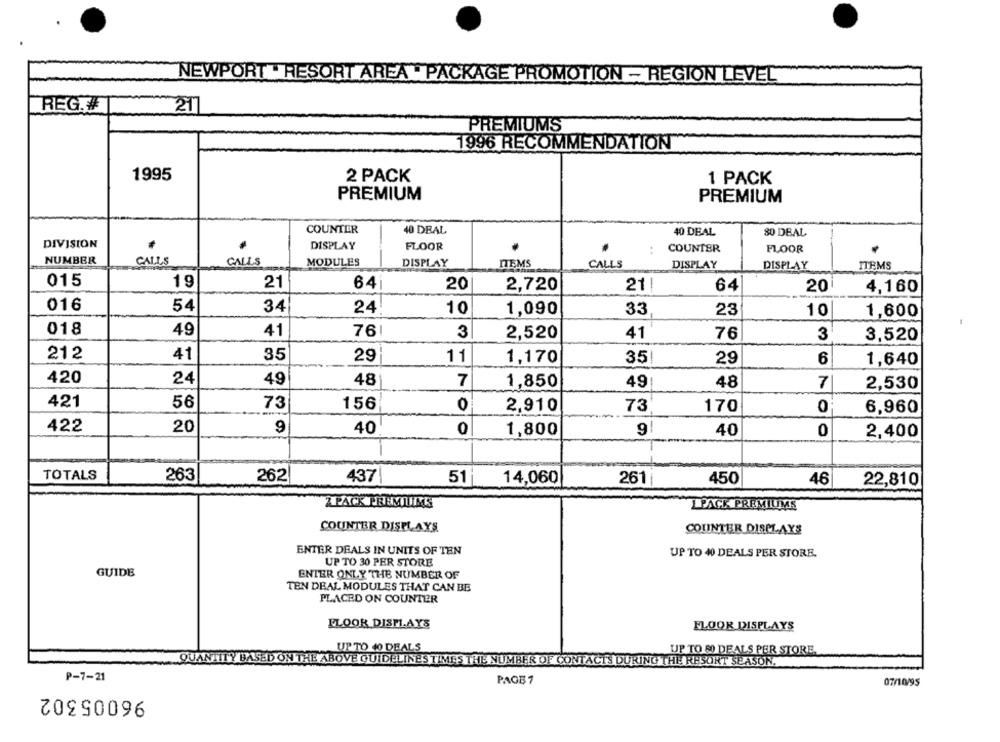
NEWPORT . RESORT AREA . PACKAGE PROMOTION - REGION LEVEL"
REG.#
217
PREMIUMS
1996 RECOMMENDATION
1995
2 PACK
1 PACK
PREMIUM
PREMIUM
COUNTER
40 DEAL
40 DEAL
80 DBAL
DIVISION
DISPLAY
FLOOR
COUNTER
FLOOR
CALLS
NUMBER
CALLS
MODULES
DISPLAY
ITEMS
CALLS
DISPLAY
DISPLAY
ITEMS
015
19
21
64
20
2,720
21|
64
20
4,160
016
54
34
24
10
1,090
33
23
10
1,600
018
49
41
76
3
2,520
41
76
3
3,520
212
41
35
29
11
1,170
35
29
6
1,640
420
24
49
48
1,850
49
48
7
2,530
421
56
73
156
NO
2,910
73
170
6,960
422
20
9
40
0
9!
0
1,800
40
2,400
TOTALS
263
262
437|
51
14,060
261
450
46
22,810
2PACK PREMILING
1 PACK PREMIUMS
COUNTER DISPLAYS
COUNTER DISPLAYS
ENTER DEALS IN UNITS OF TEN
UP TO 40 DEALS PER STORE.
UP TO 30 PER STORE
GUIDE
ENTER ONLY THE NUMBER OF
TEN DEAL MODULES THAT CAN BE
PLACED ON COUNTER
FLOOR DISPLAYS
FLOOR DISPLAYS
UP TO 40 DEALS
UP TO 80 DEALS PER STORE.
QUANTITY BASED ON THE ABOVE GUIDELINES TIMES THE NUMBER OF CONTACTS DURING THE RESORT SEASON.
P-7-21
PAGE 7
07/10/95
96005302